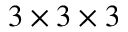
3 \times 3 \times 3